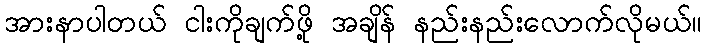
အားနာပါတယ် ငါးကိုချက်ဖို့ အချိန် နည်းနည်းလောက်လိုမယ်။